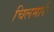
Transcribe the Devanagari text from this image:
चिलमारी